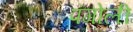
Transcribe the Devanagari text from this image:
पंगोली